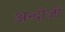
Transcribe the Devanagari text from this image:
अन्दोज़ी